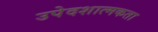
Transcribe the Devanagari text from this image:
उपेदशात्मकता